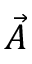
\vec { A }